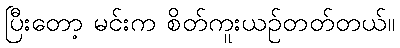
ပြီးတော့ မင်းက စိတ်ကူးယဉ်တတ်တယ်။